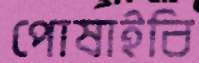
পোষাইবি